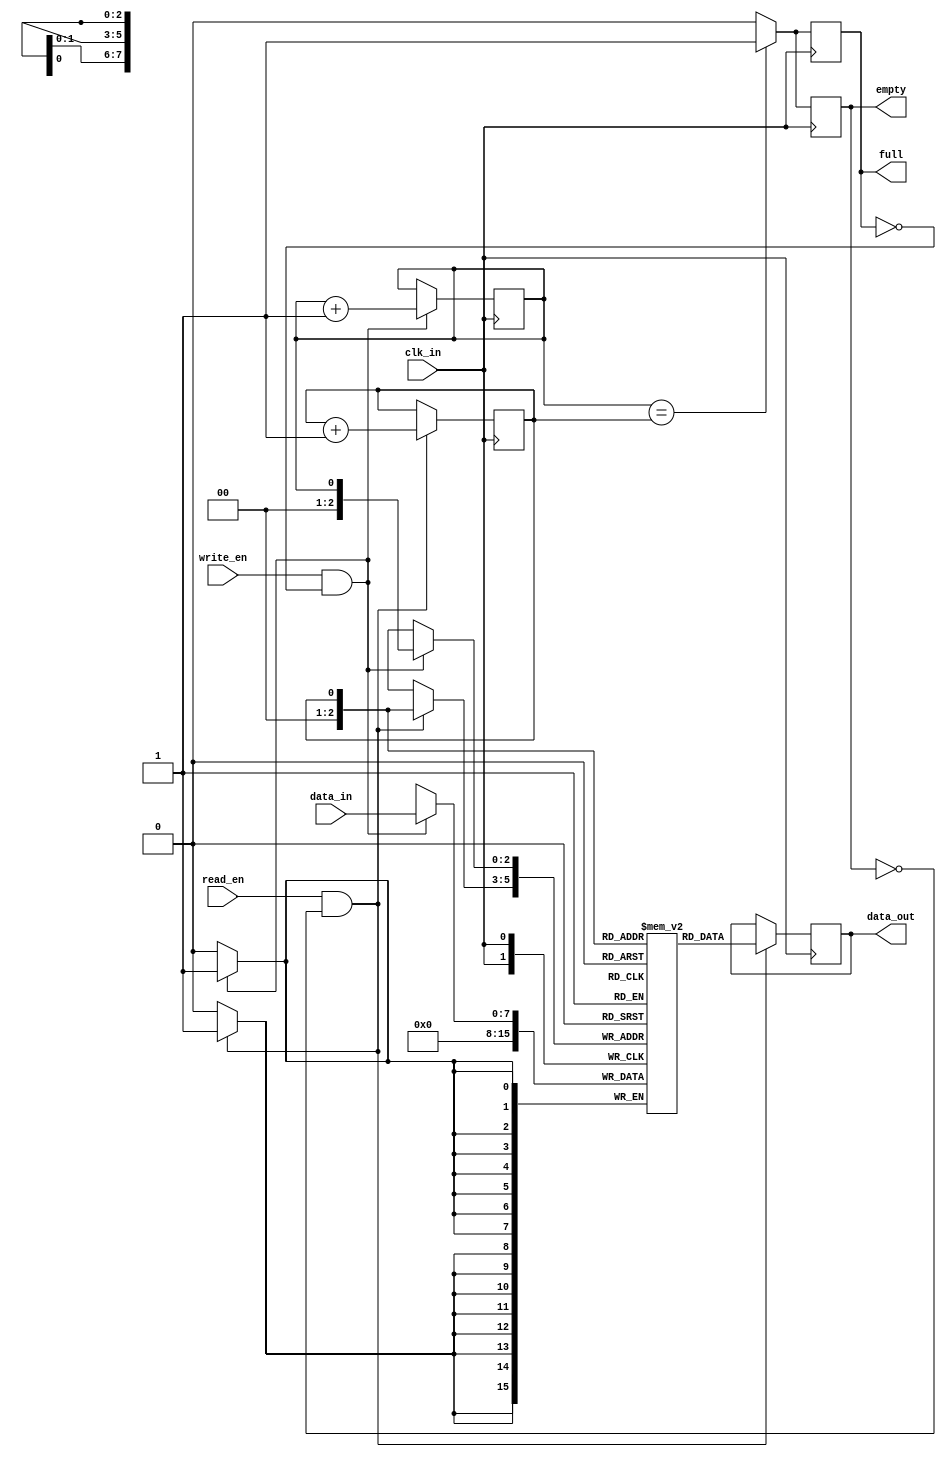
module Last_Word_Fall_Through_FIFO (
    input wire clk_in, // Input clock signal
    input wire [7:0] data_in, // Input data signal
    input wire write_en, // Write enable signal
    input wire read_en, // Read enable signal
    output reg [7:0] data_out, // Output data signal
    output reg full, // Full flag signal
    output reg empty // Empty flag signal
);

reg [7:0] buffer [0:7]; // FIFO buffer with depth of 8 words
reg head = 0; // Pointer for write operation
reg tail = 0; // Pointer for read operation

always @(posedge clk_in) begin
    if (write_en && !full) begin
        buffer[head] <= data_in;
        head <= head + 1;
        if (head == 8) head <= 0; // Wrap around when reaching end of buffer
    end

    if (read_en && !empty) begin
        data_out <= buffer[tail];
        buffer[tail] <= 0; // Clear word after read
        tail <= tail + 1;
        if (tail == 8) tail <= 0; // Wrap around when reaching end of buffer
    end

    full <= (head == tail) ? 1 : 0;
    empty <= (head == tail) ? 1 : 0;
end

endmodule